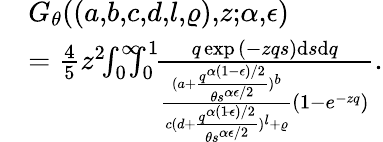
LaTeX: \begin{array}{rl}&{G_{\theta}((a,\! b,\! c,\! d,\! l,\! \varrho),\! z;\! \alpha,\! \epsilon)}\\ &{=\frac{4}{5}z^{2}\! \! \int_{0}^{\infty}\! \! \! \! \int_{0}^{1}\! \! \frac{q\exp{(-zqs)}\mathrm{d}s\mathrm{d}q}{\frac{(a+\frac{q^{\alpha(1-\epsilon)/2}}{\theta s^{\alpha\epsilon/2}})^{b}}{c(d+\frac{q^{\alpha(1\! -\! \epsilon)/2}}{\theta s^{\alpha\epsilon/2}})^{l}+\varrho}(1-e^{-zq})}.}\end{array}